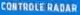
CONTROLE RADAR